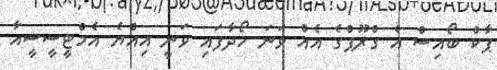
ޕާކް ބޯއިސް އެ ގްރޫޕްގެ އެއް ވަނަ ހޯދާފައި ވަނީ އިއްޔެ އެމްޓީސީސީއާ